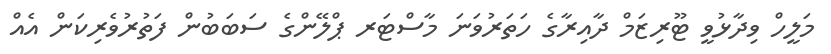
މަލީހް ވިދާޅުވީ ޓޫރިޒަމް ދާއިރާގެ ހަތަރުވަނަ މާސްޓަރ ޕްލޭންގެ ސަބަބުން ފަތުރުވެރިކަން އެއް